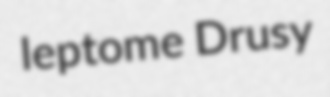
leptome Drusy